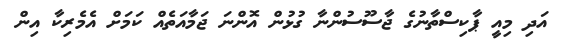
އަދި މިއީ ޕާކިސްތާނުގެ ޖާސޫސުންނާ ގުޅުން އޮންނަ ޖަމާއަތެއް ކަމަށް އެމެރިކާ އިން